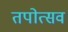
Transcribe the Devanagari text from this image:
तपोत्सव